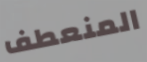
المنعطف